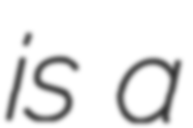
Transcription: is a